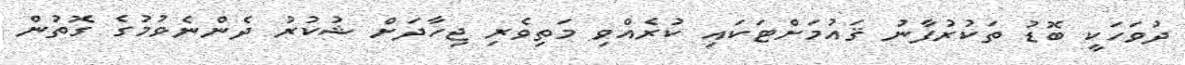
ދުވަހަކީ ބޮޑު ތަކުރުފާނު ޤައުމަށްޓަކައި ކުރެއްވި މަތިވެރި ޖިހާދަށް ޝުކުރު ދެންނެވުމުގެ ގޮތުން